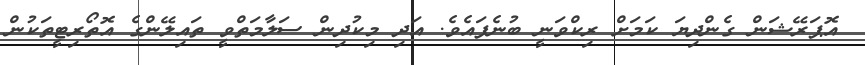
އޮޕަރޭޝަން ގެންދިޔަ ކަމަށް ރިކްވަނީ ބުނެފައެވެ. އަދި މިކުދިން ސަލާމަތްވީ ތައިލޭންގެ އޮތޯރިޓީތަކުން